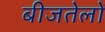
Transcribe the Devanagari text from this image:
बीजतेलों